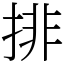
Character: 排